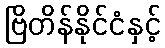
ဗြိတိန်နိုင်ငံနှင့်